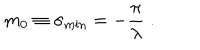
m _ { 0 } \equiv \sigma _ { \mathrm { m i n } } = - \frac { \pi } { \lambda } \; .